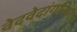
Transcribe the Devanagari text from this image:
वेदवेदांगनिष्णात